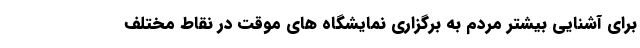
برای آشنایی بیشتر مردم به برگزاری نمایشگاه های موقت در نقاط مختلف